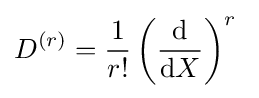
D^{(r)}={\frac {1}{r!}}\left({\frac {\mathrm {d} }{\mathrm {d} X}}\right)^{r}\